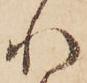
れ